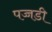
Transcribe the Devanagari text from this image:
पच्चडी